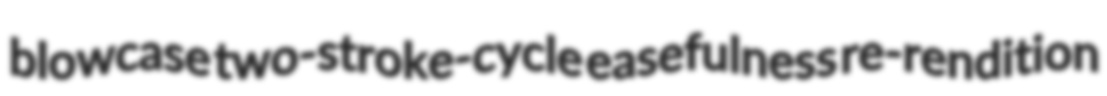
blowcase two-stroke-cycle easefulness re-rendition